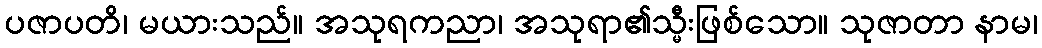
ပဇာပတိ၊ မယားသည်။ အသုရကညာ၊ အသုရာ၏သ္မီးဖြစ်သော။ သုဇာတာ နာမ၊